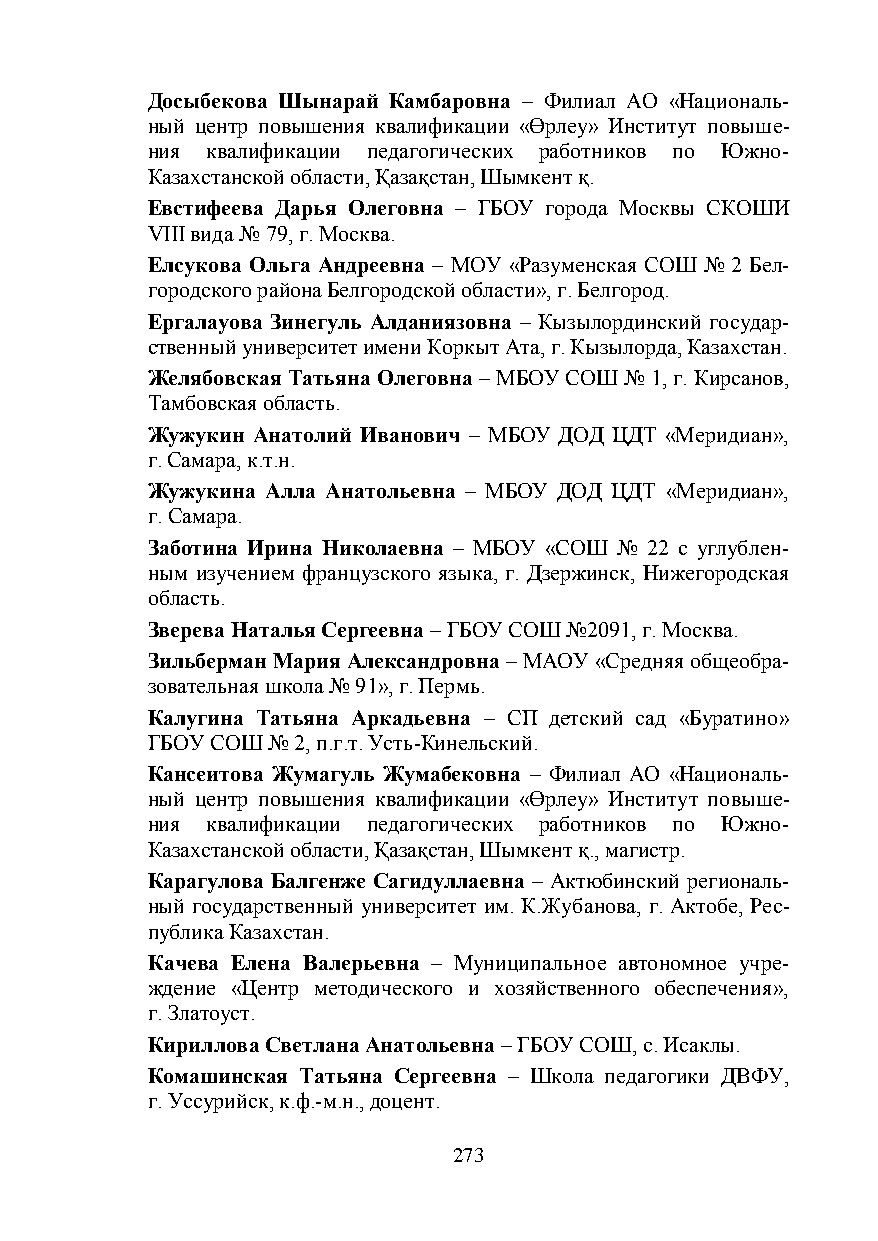
Досыбекова Шынарай Камбаровна – Филиал АО «Националь-
 ный центр повышения квалификации «Өрлеу» Институт повыше-
 ния квалификации педагогических работников по Южно-
 Казахстанской области, Қазақстан, Шымкент қ.
 Евстифеева Дарья Олеговна – ГБОУ города Москвы СКОШИ
 VIII вида № 79, г. Москва.
 Елсукова Ольга Андреевна – МОУ «Разуменская СОШ № 2 Бел-
 городского района Белгородской области», г. Белгород.
 Ергалауова Зинегуль Алданиязовна – Кызылординский государ-
 ственный университет имени Коркыт Ата, г. Кызылорда, Казахстан.
 Желябовская Татьяна Олеговна – МБОУ СОШ № 1, г. Кирсанов,
 Тамбовская область.
 Жужукин Анатолий Иванович – МБОУ ДОД ЦДТ «Меридиан»,
 г. Самара, к.т.н.
 Жужукина Алла Анатольевна – МБОУ ДОД ЦДТ «Меридиан»,
 г. Самара.
 Заботина Ирина Николаевна – МБОУ «СОШ № 22 с углублен-
 ным изучением французского языка, г. Дзержинск, Нижегородская
 область.
 Зверева Наталья Сергеевна – ГБОУ СОШ №2091, г. Москва.
 Зильберман Мария Александровна – МАОУ «Средняя общеобра-
 зовательная школа № 91», г. Пермь.
 Калугина Татьяна Аркадьевна – СП детский сад «Буратино»
 ГБОУ СОШ № 2, п.г.т. Усть-Кинельский.
 Кансеитова Жумагуль Жумабековна – Филиал АО «Националь-
 ный центр повышения квалификации «Өрлеу» Институт повыше-
 ния квалификации педагогических работников по Южно-
 Казахстанской области, Қазақстан, Шымкент қ., магистр.
 Карагулова Балгенже Сагидуллаевна – Актюбинский региональ-
 ный государственный университет им. К.Жубанова, г. Актобе, Рес-
 публика Казахстан.
 Качева Елена Валерьевна – Муниципальное автономное учре-
 ждение «Центр методического и хозяйственного обеспечения»,
 г. Златоуст.
 Кириллова Светлана Анатольевна – ГБОУ СОШ, с. Исаклы.
 Комашинская Татьяна Сергеевна – Школа педагогики ДВФУ,
 г. Уссурийск, к.ф.-м.н., доцент.
 273